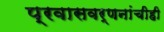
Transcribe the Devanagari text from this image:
प्रवासवर्णनांचीही